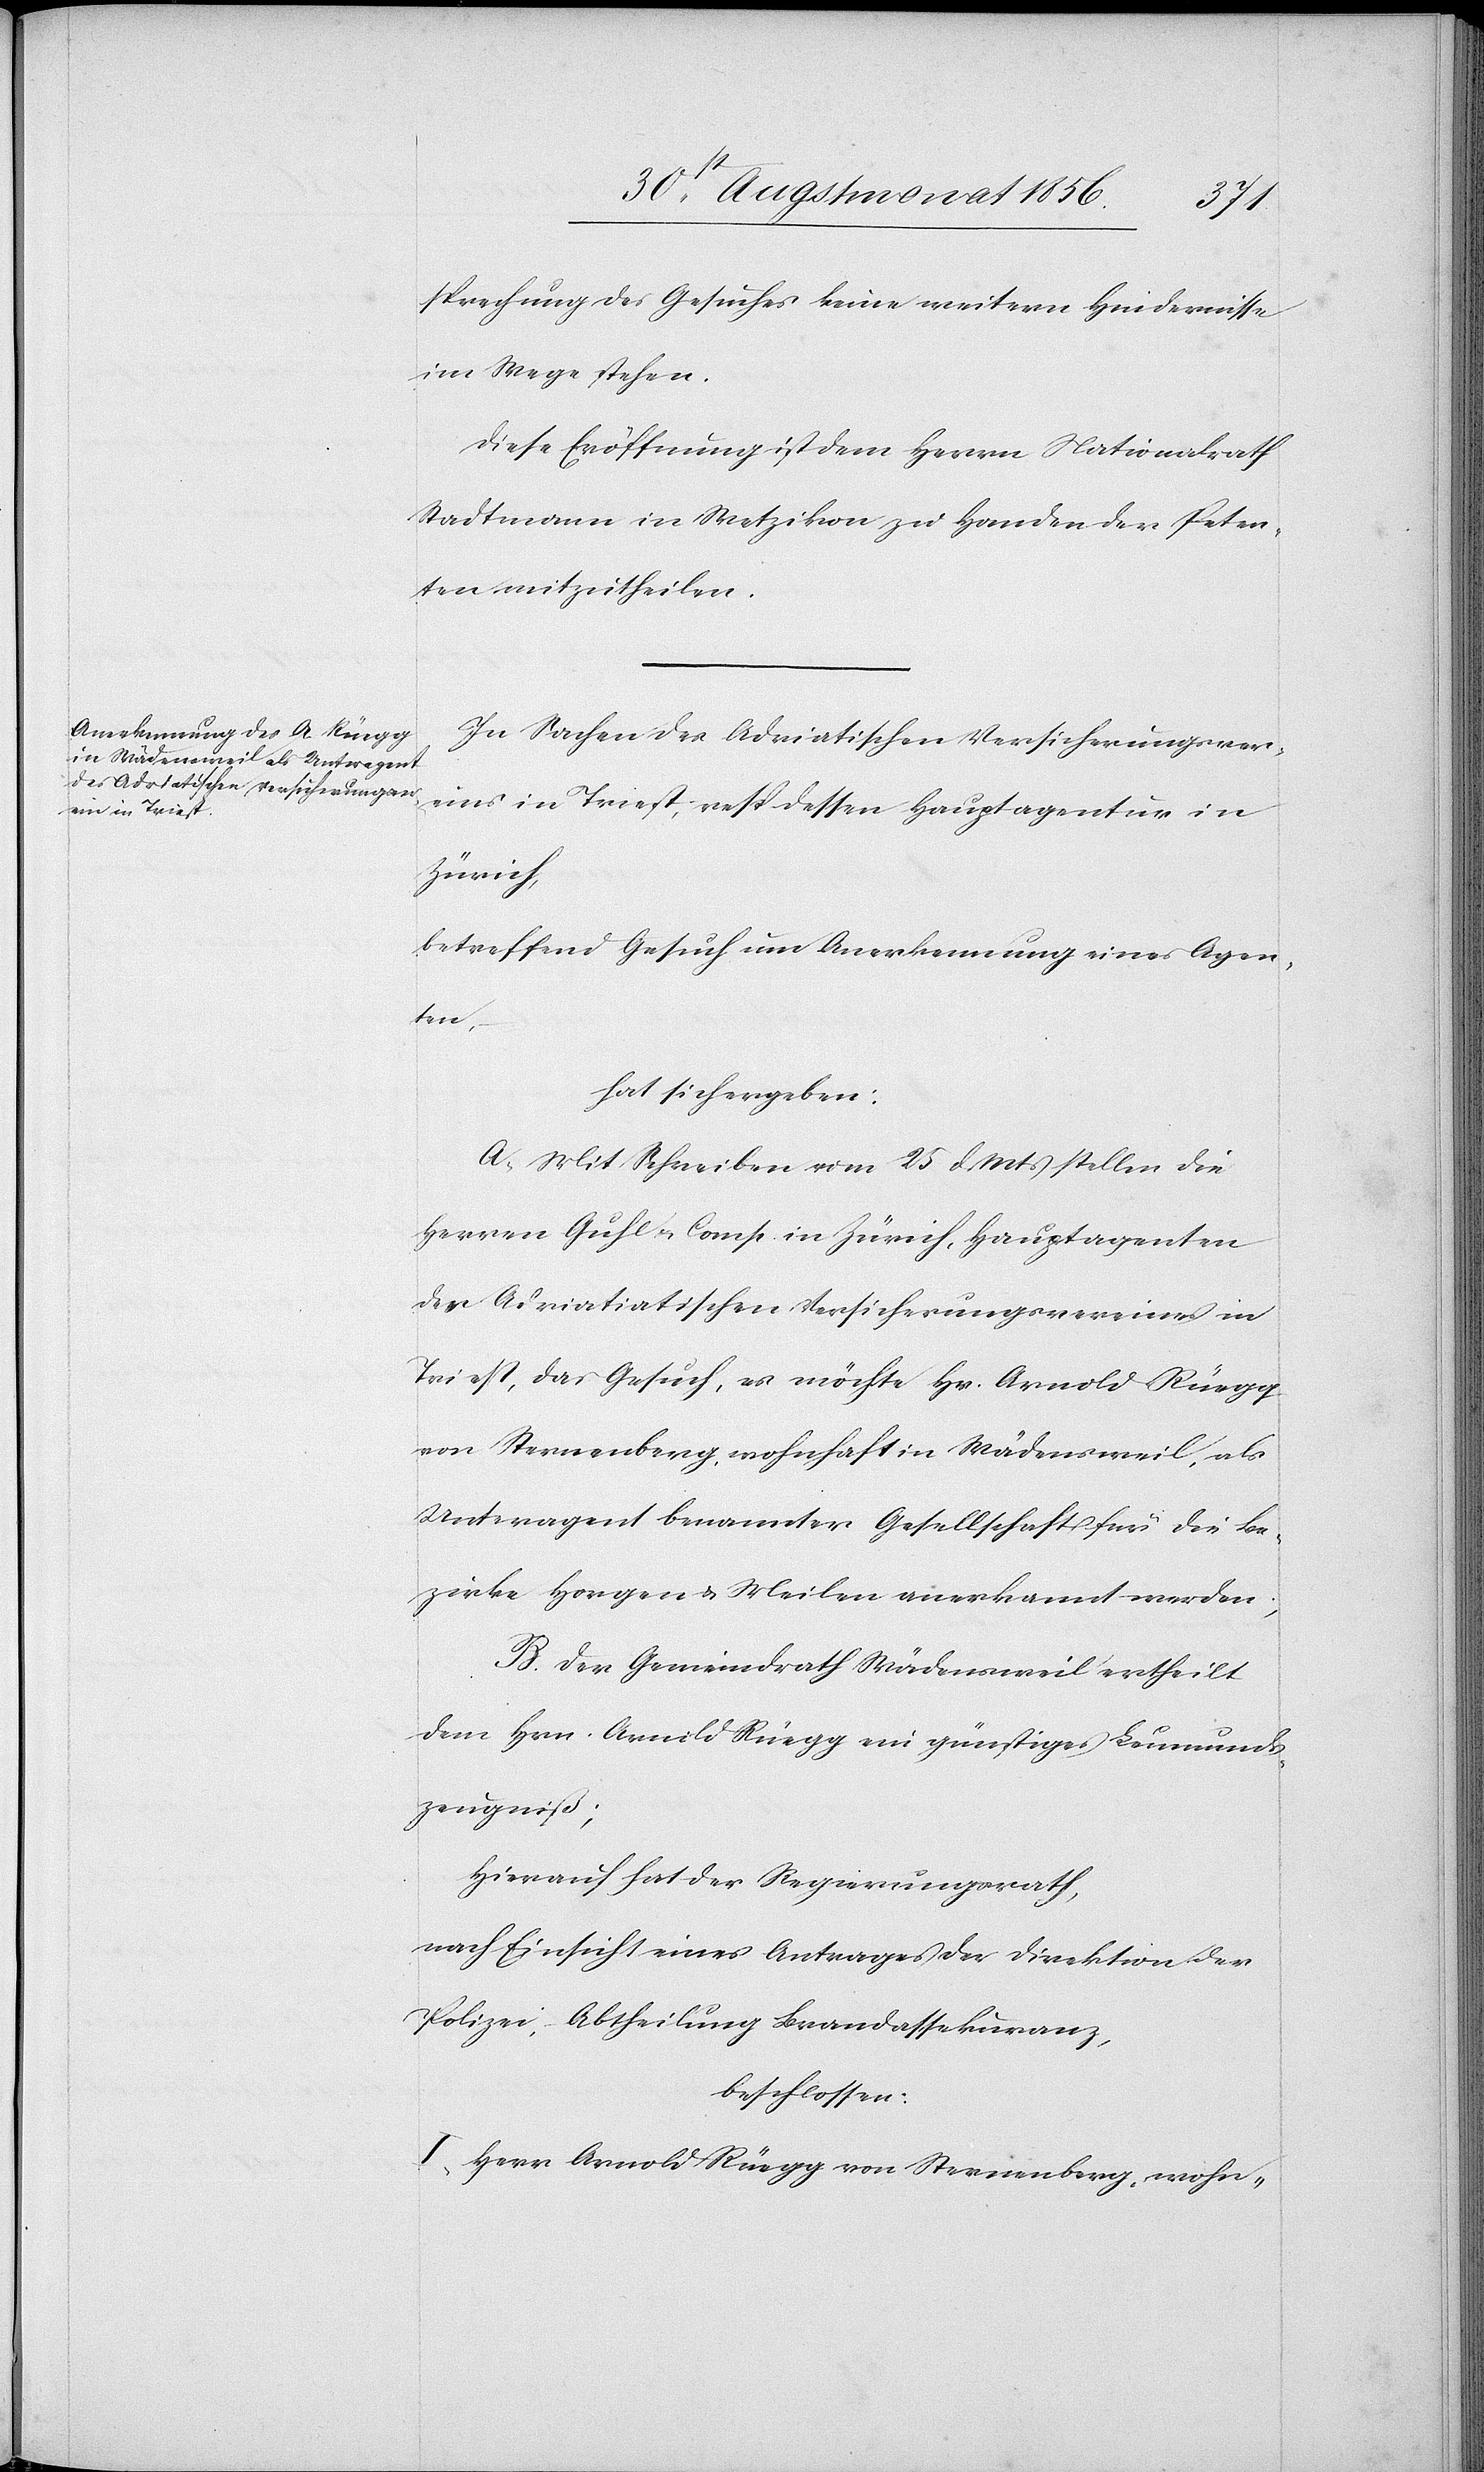
sprechung des Gesuches keine weitern Hindernisse
im Wege stehen.
Diese Eröffnung ist dem Herrn Nationalrath
Stadtmann in Wetzikon zu Handen der Peten¬
ten mitzutheilen.
In Sachen des Adriatischen Versicherungsver¬
eins in Triest, resp. dessen Hauptagentur in
Zürich,
betreffend Gesuch um Anerkennung eines Agen¬
ten,
hat sich ergeben:
A. Mit Schreiben vom 25 d Mts stellen die
Herren Guhl & Comp. in Zürich, Hauptagenten
des Adriatischen Versicherungsvereines in
Triest, das Gesuch, es möchte Hr. Arnold Rüegg
von Sternenberg, wohnhaft in Wädensweil, als
Unteragent benannter Gesellschaft für die Be¬
zirke Horgen & Meilen anerkannt werden.
B. Der Gemeindrath Wädensweil ertheilt
dem Hrn. Arnold Rüegg ein günstiges Leumunds¬
zeugniß;
Hierauf hat der Regierungsrath,
nach Einsicht eines Antrages der Direktion der
Polizei, Abtheilung Brandassekuranz,
beschlossen:
I.) Herr Arnold Rüegg von Sternenberg, wohn-